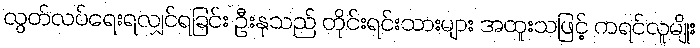
လွတ်လပ်ရေးရလျှင်ရခြင်း ဦးနုသည် တိုင်းရင်းသားများ အထူးသဖြင့် ကရင်လူမျိုး